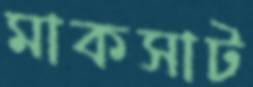
মাকসাট